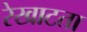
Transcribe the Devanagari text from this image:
रेखाटता